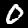
Label: 0